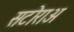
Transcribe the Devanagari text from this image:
सटोराअ